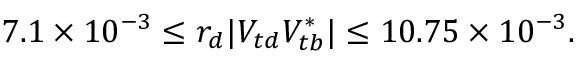
7 . 1 \times 1 0 ^ { - 3 } \leq r _ { d } | V _ { t d } V _ { t b } ^ { * } | \leq 1 0 . 7 5 \times 1 0 ^ { - 3 } .